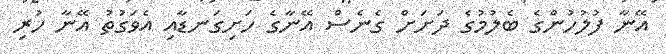
އޭނާ ފުލުހުންގެ ބެލުމުގެ ދަށަށް ގެނެސް އޭނާގެ ހަށިގަނޑާއި އެވަގުތު އޭނާ ހުރި